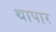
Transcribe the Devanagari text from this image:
थापार